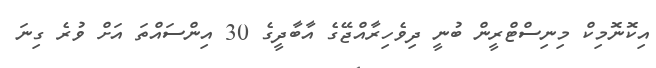
އިކޮނޮމިކް މިނިސްޓްރީން ބުނީ ދިވެހިރާއްޖޭގެ އާބާދީގެ 30 އިންސައްތަ އަށް ވުރެ ގިނަ